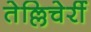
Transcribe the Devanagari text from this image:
तेल्लिचेर्री